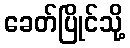
ခေတ်ပြိုင်သို့